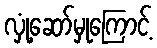
လှုံ့ဆော်မှုကြောင့်